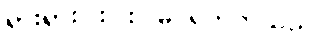
ရှားရှားပါးပါး မြင်ရတတ်သည်။